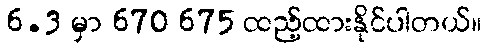
6.3 မှာ 670 675 ထည့်ထားနိုင်ပါတယ်။